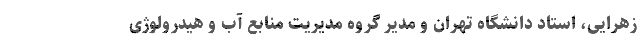
زهرایی، استاد دانشگاه تهران و مدیر گروه مدیریت منابع آب و هیدرولوژی